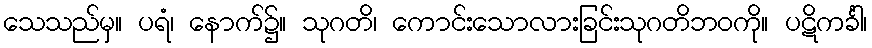
သေသည်မှ။ ပရံ၊ နောက်၌။ သုဂတိ၊ ကောင်းသောလားခြင်းသုဂတိဘဝကို။ ပဋိကင်္ခါ၊